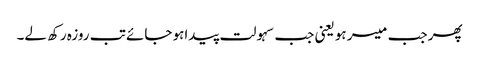
پھر جب میسر ہو یعنی جب سہولت پیداہو جائے تب روزہ رکھ لے۔